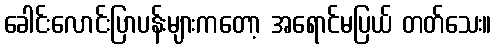
ခေါင်းလောင်းပြာပန်းများကတော့ အရောင်မပြယ် တတ်သေး။